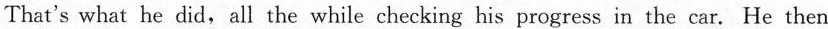
That's what he did, all the while checking his progress in the car. He then